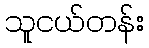
သူငယ်တန်း